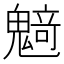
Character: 𱆟